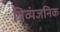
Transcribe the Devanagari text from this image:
त्रिव्यंजनिक